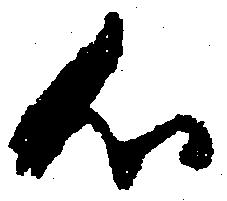
心